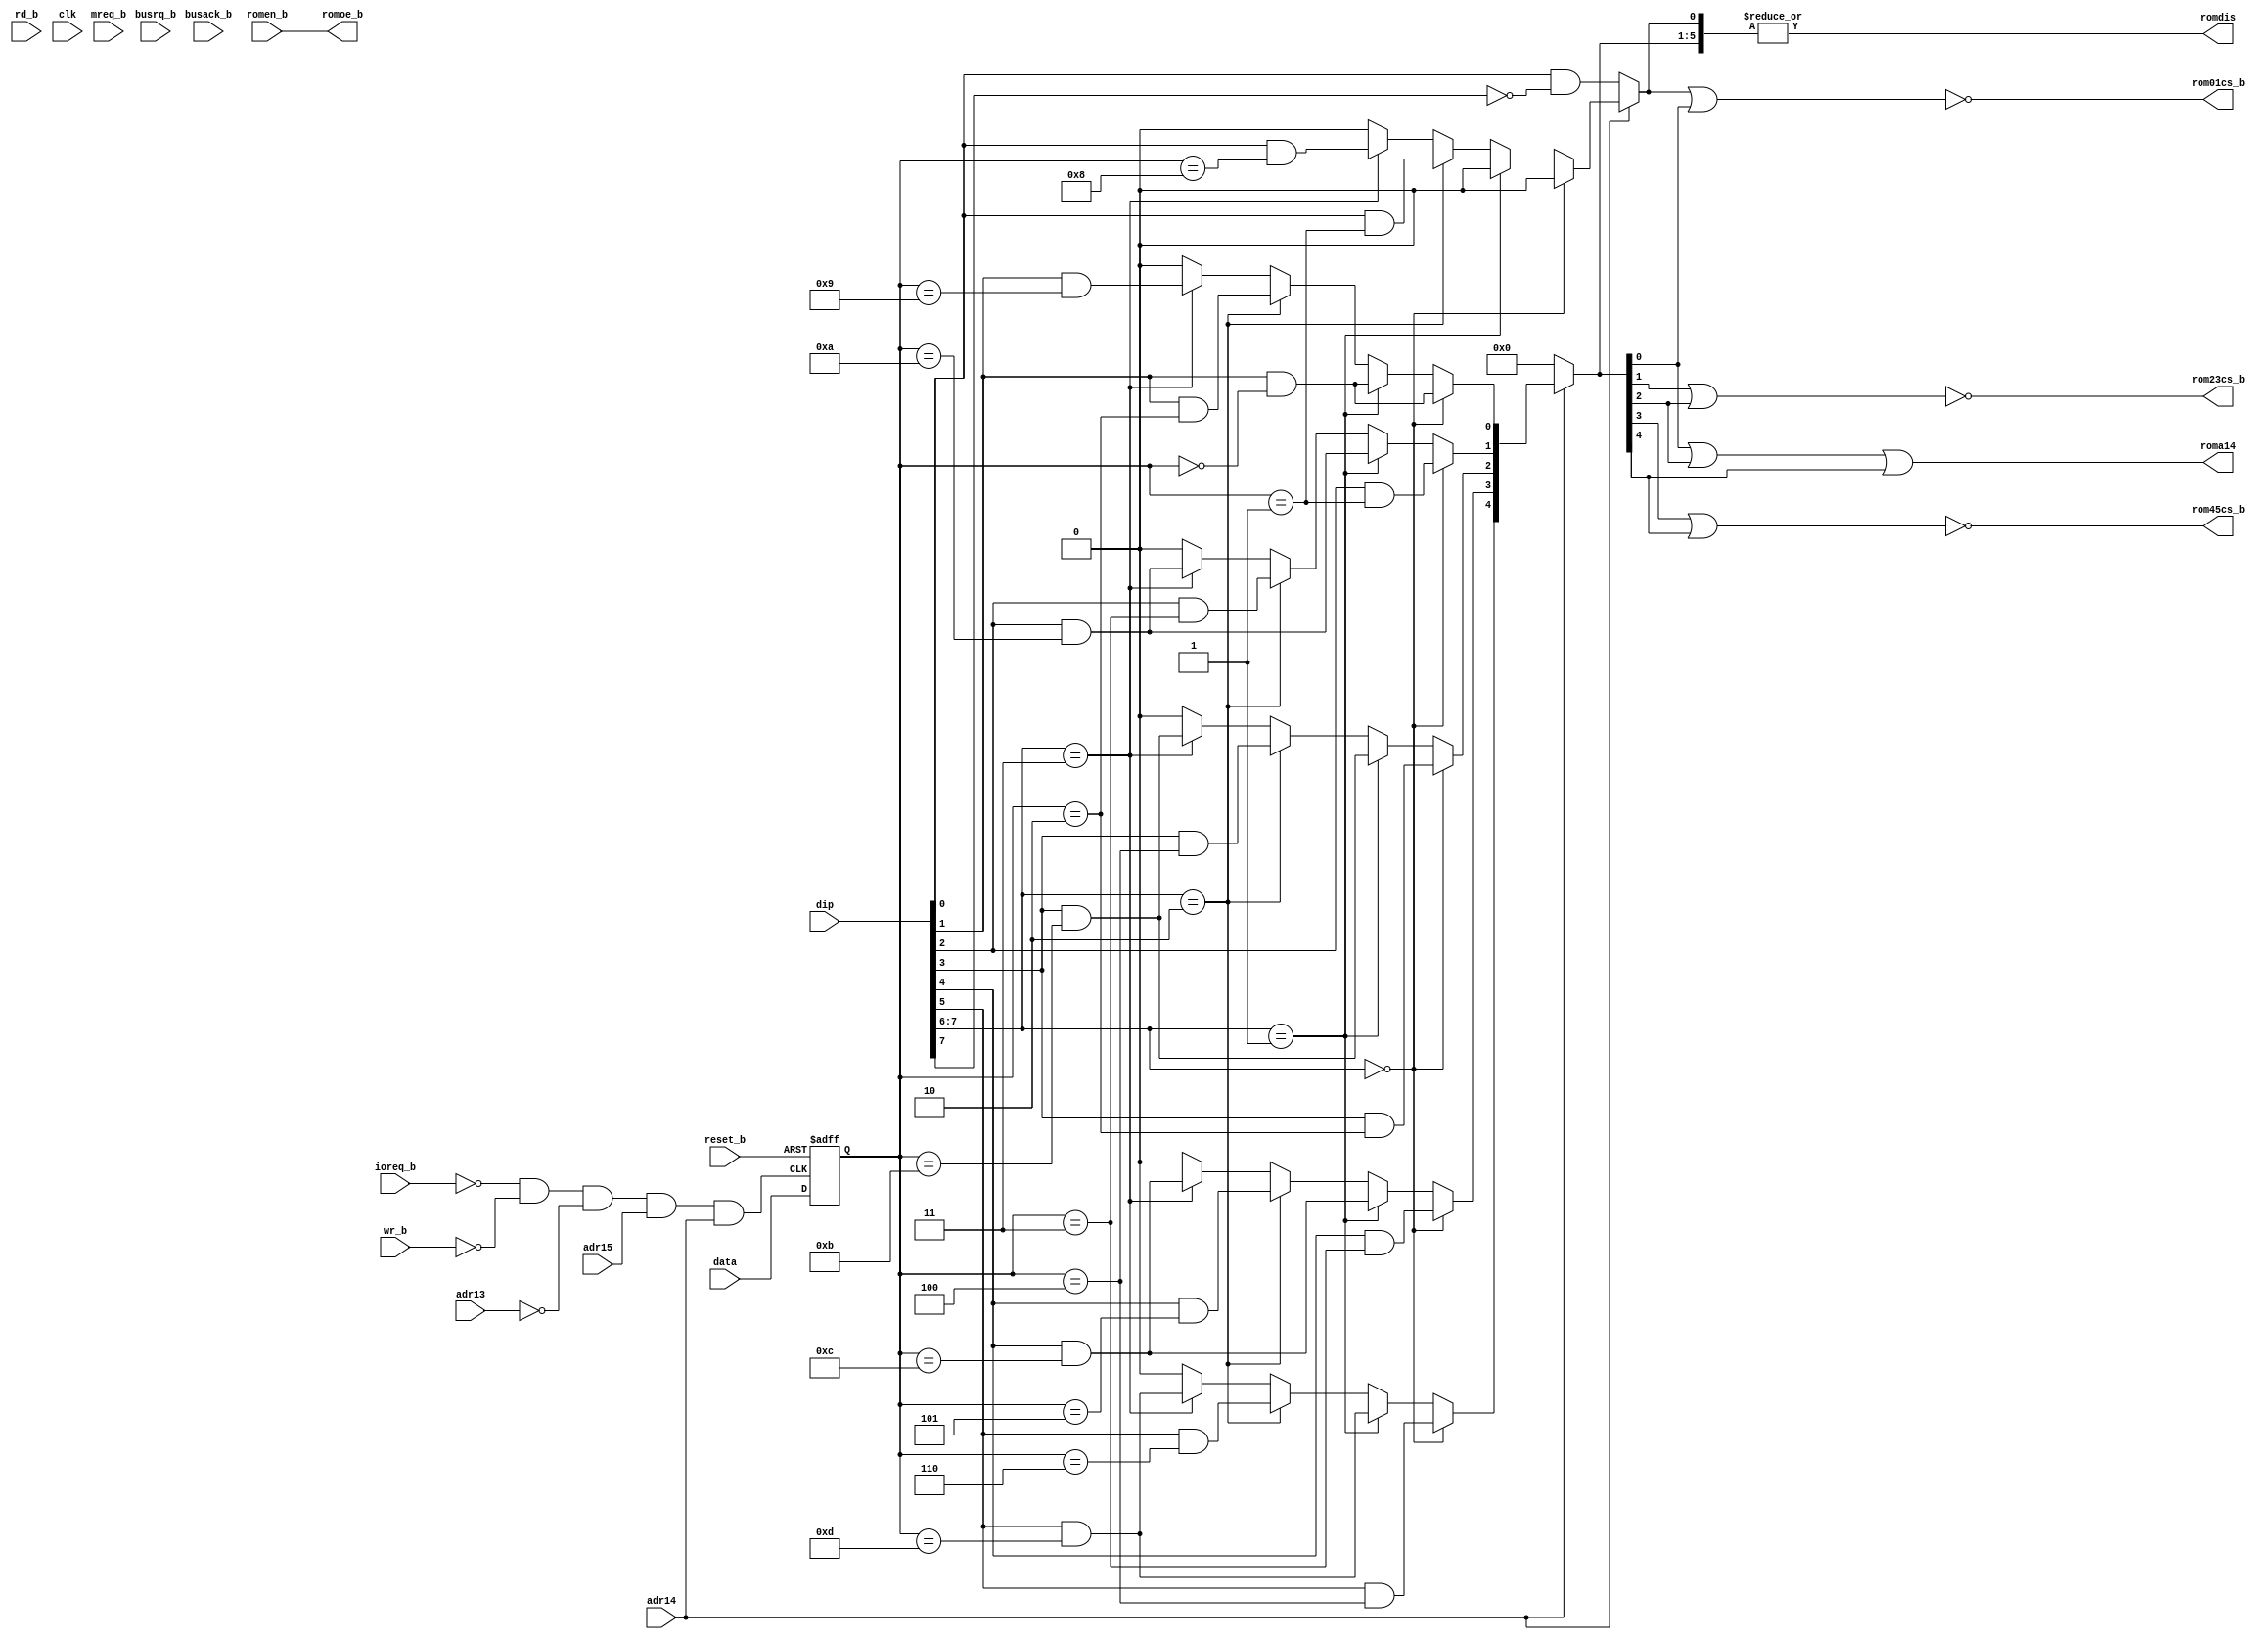
// This program was cloned from: https://github.com/revaldinho/cpc_ram_expansion
// License: GNU General Public License v3.0

/*
 * This code is part of the cpc_ram_expansion set of Amstrad CPC peripherals.
 * https://github.com/revaldinho/cpc_ram_expansion
 *
 * Copyright (C) 2018 Revaldinho
 *
 * This program is free software: you can redistribute it and/or modify
 * it under the terms of the GNU General Public License as published by
 * the Free Software Foundation, either version 3 of the License, or
 * (at your option) any later version.
 *
 * This program is distributed in the hope that it will be useful,
 * but WITHOUT ANY WARRANTY; without even the implied warranty of
 * MERCHANTABILITY or FITNESS FOR A PARTICULAR PURPOSE.  See the
 * GNU General Public License for more details.
 *
 * You should have received a copy of the GNU General Public License
 * along with this program.  If not, see <https://www.gnu.org/licenses/>.
 */
module cpld_sixrom(dip, reset_b,adr15,adr14,adr13,ioreq_b,mreq_b,romen_b,wr_b,rd_b,data,romdis,rom01cs_b,rom23cs_b, rom45cs_b,  clk, romoe_b, roma14, busrq_b, busack_b);


  input [7:0] dip;
  input reset_b;
  input adr15;
  input adr14;
  input adr13;
  input ioreq_b;
  input mreq_b;
  input romen_b;
  input wr_b;
  input rd_b;
  input [7:0] data;
  input  clk;
  input  busrq_b;
  input  busack_b;
  output romdis;
  output rom01cs_b;
  output rom23cs_b;
  output rom45cs_b;
  output romoe_b;
  output roma14;


  reg [7:0] romsel_q;
  reg [5:0] rom16k_cs_r ;

  assign rom01cs_b = !(rom16k_cs_r[0] | rom16k_cs_r[1]) ;
  assign rom23cs_b = !(rom16k_cs_r[2] | rom16k_cs_r[3]) ;
  assign rom45cs_b = !(rom16k_cs_r[4] | rom16k_cs_r[5]) ;
  assign roma14    =   rom16k_cs_r[1] | rom16k_cs_r[3] | rom16k_cs_r[5];

  assign romoe_b  = romen_b;
  assign romdis = | rom16k_cs_r ;

  // DIP switches and numbered 1-8 on the board, but 0-7 in the Verilog code
  // DIP 0 = enable lower ROM SKT01
  // DIP 1 = enable upper ROM SKT01
  // DIP 2 = enable lower ROM SKT23
  // DIP 3 = enable upper ROM SKT23
  // DIP 4 = enable lower ROM SKT45
  // DIP 5 = enable upper ROM SKT45
  // DIP 6 = }__ ROM number selection - see table below
  // DIP 7 = }

  // Create neg edge clock on IO write event - clock low pulse will be suppressed if not an IOWR* event
  // but if the pulse is allowed through use the trailing (rising) edge to capture data
  wire      wclk = !(!ioreq_b && !wr_b && !adr13 && adr15 && adr14);

  always @ (negedge reset_b or posedge wclk )
    if ( !reset_b)
      romsel_q <= 8'b0;
    else
      romsel_q <= data;

  always @ ( * )
    begin
      rom16k_cs_r = 6'b0;
      if (!adr14)
        rom16k_cs_r[0] = ( dip[0] & (dip[7]==1'b0));
      else
        if ( dip[7:6]== 2'b00 ) begin
          // Firmware and BASIC replacement in SKT01, ROMS 1-4 in others
          rom16k_cs_r[0] = 1'b0 ;
          rom16k_cs_r[1] = dip[1] & ( romsel_q == 8'h0 ) ;
          rom16k_cs_r[2] = dip[2] & ( romsel_q == 8'h1 ) ;
          rom16k_cs_r[3] = dip[3] & ( romsel_q == 8'h2 ) ;
          rom16k_cs_r[4] = dip[4] & ( romsel_q == 8'h3 ) ;
          rom16k_cs_r[5] = dip[5] & ( romsel_q == 8'h4 ) ;
        end
        else if ( dip[7:6]== 2'b01 ) begin
          // FutureOS autoboot configuration - replacement lower ROM + FOS in slots 10-13
          rom16k_cs_r[0] = 1'b0 ;
          rom16k_cs_r[1] = dip[1] & ( romsel_q == 8'h0 ) ;
          rom16k_cs_r[2] = dip[2] & ( romsel_q == 8'hA ) ;
          rom16k_cs_r[3] = dip[3] & ( romsel_q == 8'hB ) ;
          rom16k_cs_r[4] = dip[4] & ( romsel_q == 8'hC ) ;
          rom16k_cs_r[5] = dip[5] & ( romsel_q == 8'hD ) ;
        end
        else if ( dip[7:6]== 2'b10 ) begin
          // ROMS 1-6
          rom16k_cs_r[0] = dip[0] & ( romsel_q == 8'h1 ) ;
          rom16k_cs_r[1] = dip[1] & ( romsel_q == 8'h2 ) ;
          rom16k_cs_r[2] = dip[2] & ( romsel_q == 8'h3 ) ;
          rom16k_cs_r[3] = dip[3] & ( romsel_q == 8'h4 ) ;
          rom16k_cs_r[4] = dip[4] & ( romsel_q == 8'h5 ) ;
          rom16k_cs_r[5] = dip[5] & ( romsel_q == 8'h6 ) ;
        end
        else if ( dip[7:6]== 2'b11 ) begin
          // ROMS 8-13
          rom16k_cs_r[0] = dip[0] & ( romsel_q == 8'h8 ) ;
          rom16k_cs_r[1] = dip[1] & ( romsel_q == 8'h9 ) ;
          rom16k_cs_r[2] = dip[2] & ( romsel_q == 8'hA ) ;
          rom16k_cs_r[3] = dip[3] & ( romsel_q == 8'hB ) ;
          rom16k_cs_r[4] = dip[4] & ( romsel_q == 8'hC ) ;
          rom16k_cs_r[5] = dip[5] & ( romsel_q == 8'hD ) ;
        end
    end // always @ ( * )



endmodule